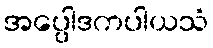
အပ္ပေါဒကပါယသံ